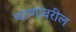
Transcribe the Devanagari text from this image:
चरणांवरील